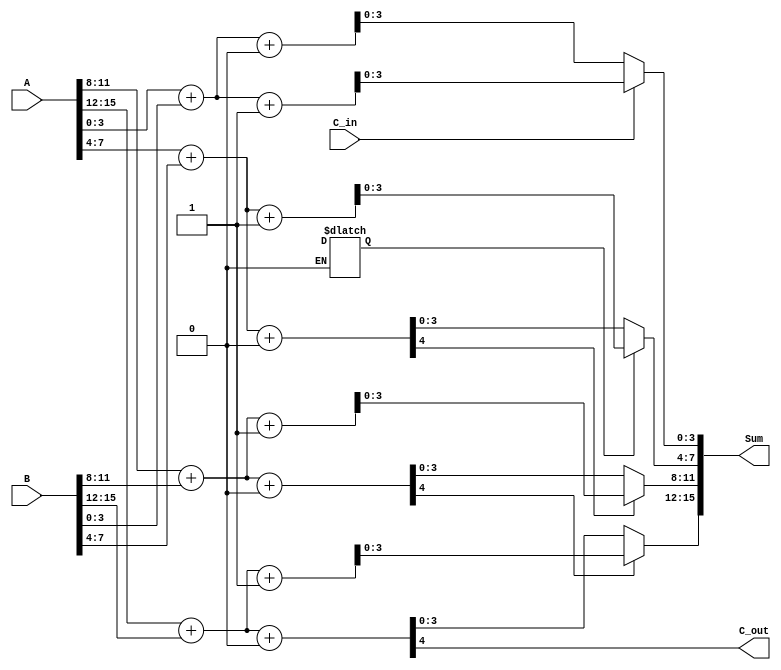
module CarrySelectAdder (
    input [15:0] A,      // 16-bit input A
    input [15:0] B,      // 16-bit input B
    input C_in,          // Carry input
    output [15:0] Sum,   // 16-bit sum output
    output C_out         // Carry output
);

    // Intermediate signals for carry and sum
    wire [3:0] Sum0 [3:0]; // Sums when C_in = 0
    wire [3:0] Sum1 [3:0]; // Sums when C_in = 1
    wire C [3:0];          // Carry outputs for each segment

    // Segment size
    localparam SEG_SIZE = 4;

    // Generate sums and carries for each segment
    generate
        genvar i;
        for (i = 0; i < 4; i = i + 1) begin : CSA_SEGMENT
            wire [SEG_SIZE-1:0] A_seg = A[(i+1)*SEG_SIZE-1 : i*SEG_SIZE];
            wire [SEG_SIZE-1:0] B_seg = B[(i+1)*SEG_SIZE-1 : i*SEG_SIZE];

            // Compute sums and carry for C_in = 0
            assign {C[i], Sum0[i]} = A_seg + B_seg + 1'b0;

            // Compute sums and carry for C_in = 1
            assign {C[i], Sum1[i]} = A_seg + B_seg + 1'b1;
        end
    endgenerate

    // Mux to select between Sum0 and Sum1 based on carry from the previous segment
    assign Sum[3:0] = (C_in) ? Sum1[0] : Sum0[0];
    assign C[0] = (C_in) ? C[0] : C[0];

    generate
        genvar j;
        for (j = 1; j < 4; j = j + 1) begin : MUX_SELECT
            assign Sum[(j+1)*SEG_SIZE-1 : j*SEG_SIZE] = (C[j-1]) ? Sum1[j] : Sum0[j];
        end
    endgenerate

    // Final carry output
    assign C_out = C[3]; // Carry output from the last segment

endmodule